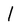
Character: I